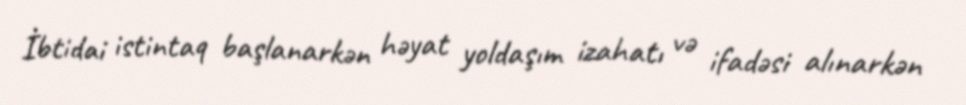
İbtidai istintaq başlanarkən həyat yoldaşım izahatı və ifadəsi alınarkən